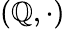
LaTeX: \left(\mathbb{Q},\cdot\right)